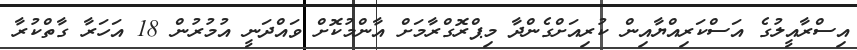
އިސްރާއީލުގެ އަސްކަރިއްޔާއިން ކުރިއަށްގެންދާ މިޕްރޮގްރާމަށް އާންމުކޮށް ވައްދަނީ އުމުރުން 18 އަހަރާ ގާތްކުރާ